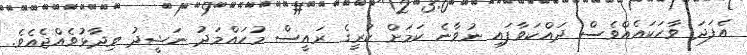
އެފަދަ ވާހަކައެއްވެސް ދައްކަވާފައި ނުވާނެ ކަމަށް ކުރީގެ ރައީސް މުހައްމަދު ނަޝީދު ވިދާޅުވެއްޖެއެވެ.